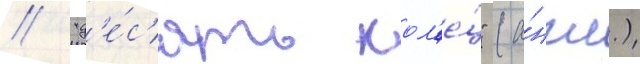
// "д'е́с'ять кол'е́ц" (а́нгл.)